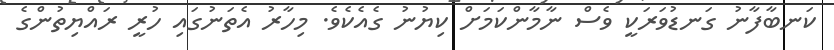
ކަނބާފާނު ގަނޑުވަރަކީ ވެސް ނާމާންކަމަށް ކިޔުނު ގެއެކެވެ. މިހާރު އެތަނުގައި ހުރީ ރައްޔިތުންގެ